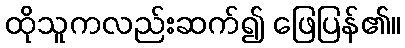
ထိုသူကလည်းဆက်၍ ဖြေပြန်၏။